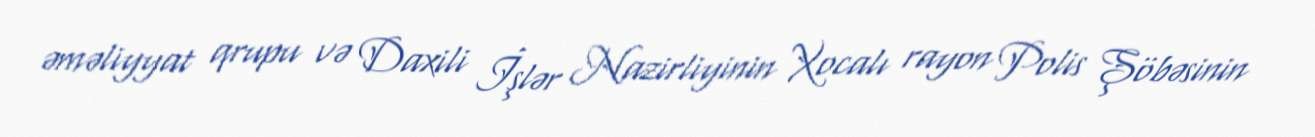
əməliyyat qrupu və Daxili İşlər Nazirliyinin Xocalı rayon Polis Şöbəsinin